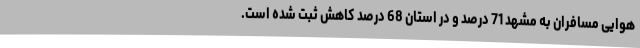
هوایی مسافران به مشهد 71 درصد و در استان 68 درصد کاهش ثبت شده است.